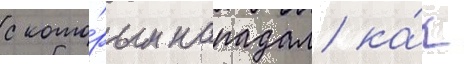
с кото́рым нападал ка́к